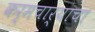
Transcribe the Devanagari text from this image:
कर्मचार्‍याचा